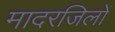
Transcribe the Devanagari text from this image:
मादरजिलों